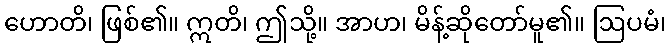
ဟောတိ၊ ဖြစ်၏။ ဣတိ၊ ဤသို့။ အာဟ၊ မိန့်ဆိုတော်မူ၏။ ဩပမံ၊